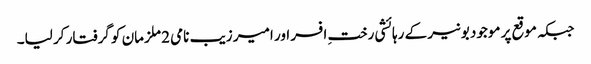
جبکہ موقع پر موجود بونیر کے رہائشی رختِ افسر اور امیر زیب نامی 2 ملزمان کو گرفتار کر لیا۔